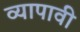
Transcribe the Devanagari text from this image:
व्यापावी